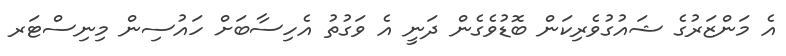
އެ މަންޒަރުގެ ޝައުގުވެރިކަން ބޮޑުވެގެން ދަނީ އެ ވަގުތު އެހިސާބަށް ހައުސިން މިނިސްޓަރ